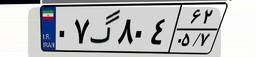
۲۸گ۸۵۱۳۵